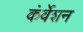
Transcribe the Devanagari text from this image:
कंर्वेशन